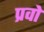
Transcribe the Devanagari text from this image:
प्रवो